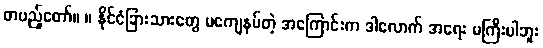
တပည့်တော်။ ။ နိုင်ငံခြားသားတွေ မကျေနပ်တဲ့ အကြောင်းက ဒါလောက် အရေး မကြီးပါဘူး